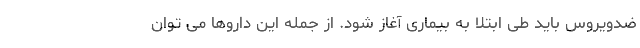
ضدویروس باید طی ابتلا به بیماری آغاز شود. از جمله این داروها می توان